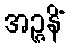
အဉ္ဇနိံ